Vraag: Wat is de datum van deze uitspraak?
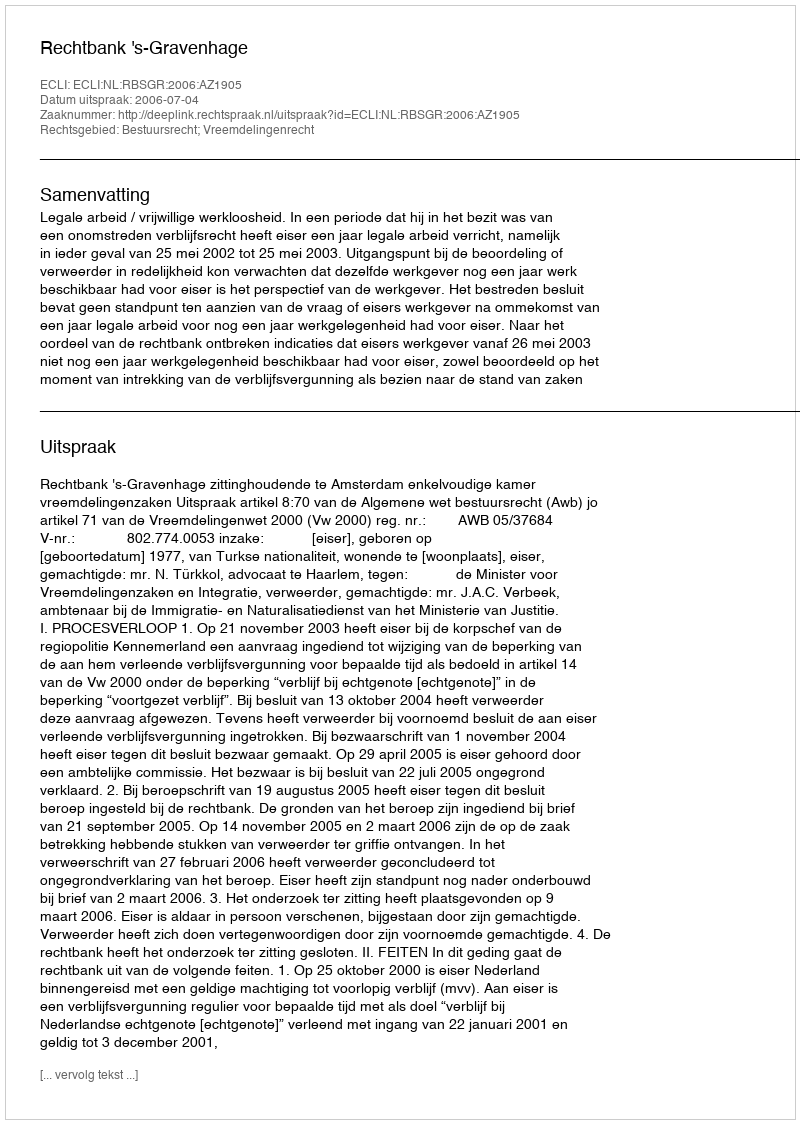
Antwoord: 2006-07-04